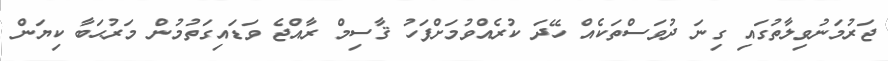
ޖަރުމަނުވިލާތުގައި ގިނަ ދުވަސްތަކެއް ހޭދަ ކުރެއްވުމަށްފަހު ޤާސިމް ރާއްޖެ ވަޑައިގަތުމުން މަރުޙަބާ ކިޔަން